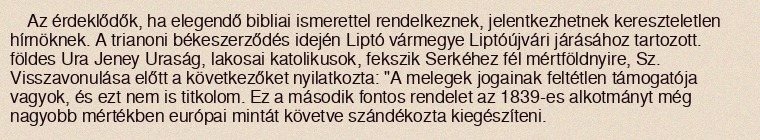
Az érdeklődők, ha elegendő bibliai ismerettel rendelkeznek, jelentkezhetnek kereszteletlen hírnöknek. A trianoni békeszerződés idején Liptó vármegye Liptóújvári járásához tartozott. földes Ura Jeney Uraság, lakosai katolikusok, fekszik Serkéhez fél mértföldnyire, Sz. Visszavonulása előtt a következőket nyilatkozta: "A melegek jogainak feltétlen támogatója vagyok, és ezt nem is titkolom. Ez a második fontos rendelet az 1839-es alkotmányt még nagyobb mértékben európai mintát követve szándékozta kiegészíteni.